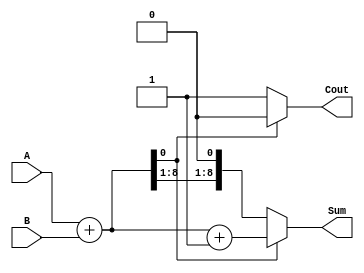
module carry_bypass_adder (
    input wire [7:0] A, B,
    output reg [8:0] Sum,
    output reg Cout
);

reg [8:0] S;
reg C;

assign S = A + B;
assign Cout = C;

always @* begin
    if (S[0] == 1'b1) begin
        Sum = S + 1'b1;
        Cout = 1'b0;
    end else begin
        Sum = S;
        Cout = 1'b1;
    end
end

endmodule